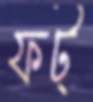
ফট্‌